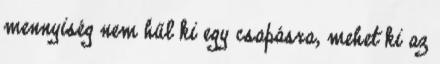
mennyiség nem hűl ki egy csapásra, mehet ki az